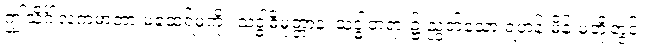
ဤသိင်္ဂါလကမာတာ မထေရ်မကို။ သဒ္ဓါဓိမုတ္တာနံ၊ သဒ္ဓါတရား၌ ညွတ်သော ရဟန်းမိန်းမတို့တွင်။